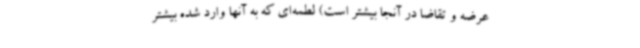
عرضه و تقاضا در آنجا بیشتر است) لطمه‌ای که به آنها وارد شده بیشتر